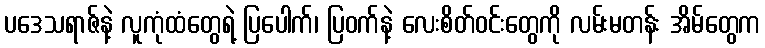
ပဒေသရာဇ်နဲ့ လူကုံထံတွေရဲ့ ပြပေါက်၊ ပြဝက်နဲ့ လေးစိတ်ဝင်းတွေကို လမ်းမတန်း အိမ်တွေက